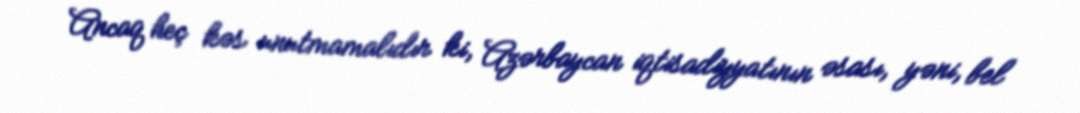
Ancaq heç kəs unutmamalıdır ki, Azərbaycan iqtisadiyyatının əsası, yəni, bel